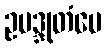
ဥပဒ္ဒုတံပေ